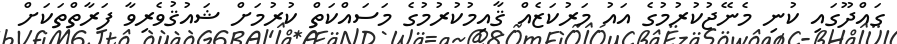
ގައްދޫގައި ކުނި މެނޭޖުކުރުމުގެ އައު މަރުކަޒެއް ޤާއިމުކުރުމުގެ މަސައްކަތް ކުރުމަށް ޝައުޤުވެރިވާ ފަރާތްތަކަށް